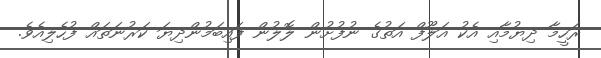
ރަހީމާ ދިޔުމާއި އެކު އަލޫފް އަތުގެ ނުފުށުން ލޮލުން ފައިބަމުންދިޔަ ކަރުނަތައް ފުހެލިއެވެ.